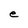
Character: e